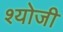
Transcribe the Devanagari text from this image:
श्योजी